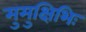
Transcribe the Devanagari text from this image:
मुमुक्षिभिः